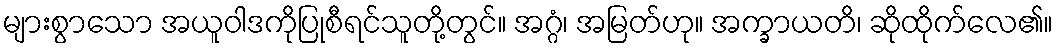
များစွာသော အယူဝါဒကိုပြုစီရင်သူတို့တွင်။ အဂ္ဂံ၊ အမြတ်ဟု။ အက္ခာယတိ၊ ဆိုထိုက်လေ၏။